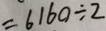
= 6 1 6 0 \div 2